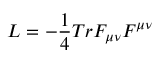
{ \cal L } = - { \frac { 1 } { 4 } } T r F _ { \mu \nu } F ^ { \mu \nu }